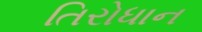
તિરોધાન